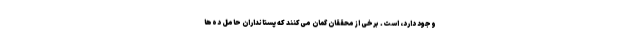
وجود دارد، است. برخی از محققان گمان می‌کنند که پستانداران حامل ده‌ها